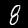
Digit: 8